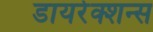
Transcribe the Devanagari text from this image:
डायरेक्शन्स